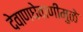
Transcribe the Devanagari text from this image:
देवाणघेवाणीमुळे